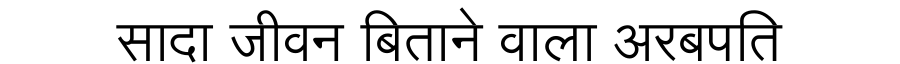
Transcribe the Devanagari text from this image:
सादा जीवन बिताने वाला अरबपति